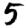
Digit: 5